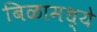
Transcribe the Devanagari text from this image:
बिळामध्ये